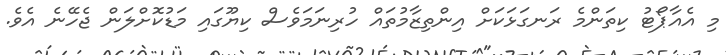
މި އެއާޕޯޓު ކިތަންމެ ރަނގަޅަކަށް އިންތިޒާމުތައް ހުރިނަމަވެސް ކިޔޫގައި މަޑުކޮށްލަން ޖެހޭނެ އެވެ.